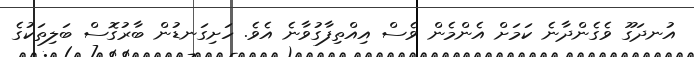
އުނދަގޫ ވެގެންދާނެ ކަމަށް އެންމެން ވެސް އިއްތިފާގުވާނެ އެވެ. ހަށިގަނޑުން ބާރުގޮސް ބަލިތަކުގެ